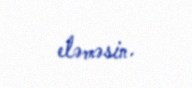
eləməsin.